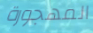
المهجورة